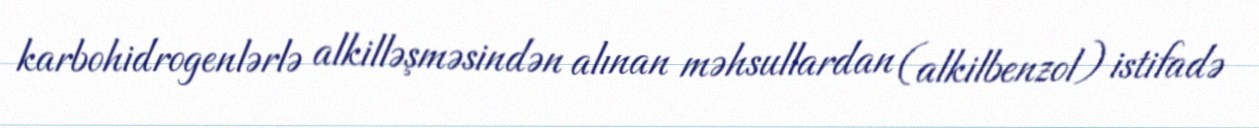
karbohidrogenlərlə alkilləşməsindən alınan məhsullardan (alkilbenzol) istifadə